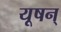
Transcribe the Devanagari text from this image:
यूषन्